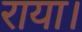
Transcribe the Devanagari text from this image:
राया।